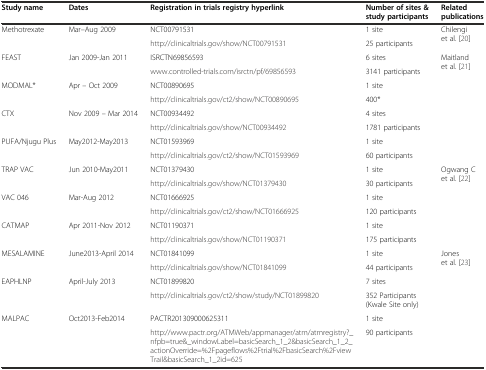
<table><thead><tr><td><b>Study name</b></td><td><b>Dates</b></td><td><b>Registration in trials registry hyperlink</b></td><td><b>Number of sites &amp; study participants</b></td><td><b>Related publications</b></td></tr></thead><tbody><tr><td rowspan="2">Methotrexate</td><td rowspan="2">Mar–Aug 2009</td><td>NCT00791531</td><td>1 site</td><td rowspan="2">Chilengi et al. [20]</td></tr><tr><td>http://clinicaltrials.gov/show/NCT00791531</td><td>25 participants</td></tr><tr><td rowspan="2">FEAST</td><td rowspan="2">Jan 2009-Jan 2011</td><td>ISRCTN69856593</td><td>6 sites</td><td rowspan="2">Maitland et al. [21]</td></tr><tr><td>http://www.controlled-trials.com/isrctn/pf/69856593</td><td>3141 participants</td></tr><tr><td rowspan="2">MODMAL*</td><td rowspan="2">Apr – Oct 2009</td><td>NCT00890695</td><td>1 site</td><td rowspan="2"></td></tr><tr><td>http://clinicaltrials.gov/ct2/show/NCT00890695</td><td>400*</td></tr><tr><td rowspan="2">CTX</td><td rowspan="2">Nov 2009 – Mar 2014</td><td>NCT00934492</td><td>4 sites</td><td rowspan="2"></td></tr><tr><td>http://clinicaltrials.gov/show/NCT00934492</td><td>1781 participants</td></tr><tr><td rowspan="2">PUFA/Njugu Plus</td><td rowspan="2">May2012-May2013</td><td>NCT01593969</td><td>1 site</td><td rowspan="2"></td></tr><tr><td>http://clinicaltrials.gov/ct2/show/NCT01593969</td><td>60 participants</td></tr><tr><td rowspan="2">TRAP VAC</td><td rowspan="2">Jun 2010-May2011</td><td>NCT01379430</td><td>1 site</td><td rowspan="2">Ogwang C et al. [22]</td></tr><tr><td>http://clinicaltrials.gov/show/NCT01379430</td><td>30 participants</td></tr><tr><td rowspan="2">VAC 046</td><td rowspan="2">Mar-Aug 2012</td><td>NCT01666925</td><td>1 site</td><td rowspan="2"></td></tr><tr><td>http://clinicaltrials.gov/ct2/show/NCT01666925</td><td>120 participants</td></tr><tr><td rowspan="2">CATMAP</td><td rowspan="2">Apr 2011-Nov 2012</td><td>NCT01190371</td><td>1 site</td><td rowspan="2"></td></tr><tr><td>http://clinicaltrials.gov/show/NCT01190371</td><td>175 participants</td></tr><tr><td rowspan="2">MESALAMINE</td><td rowspan="2">June2013-April 2014</td><td>NCT01841099</td><td>1 site</td><td rowspan="2">Jones et al. [23]</td></tr><tr><td>http://clinicaltrials.gov/show/NCT01841099</td><td>44 participants</td></tr><tr><td rowspan="2">EAPHLNP</td><td rowspan="2">April-July 2013</td><td>NCT01899820</td><td>7 sites</td><td rowspan="2"></td></tr><tr><td>http://clinicaltrials.gov/ct2/show/study/NCT01899820</td><td>352 Participants (Kwale Site only)</td></tr><tr><td rowspan="2">MALPAC</td><td rowspan="2">Oct2013-Feb2014</td><td>PACTR201309000625311</td><td>1 site</td><td rowspan="2"></td></tr><tr><td>http://www.pactr.org/ATMWeb/appmanager/atm/atmregistry?_nfpb=true&amp;_windowLabel=basicSearch_1_2&amp;basicSearch_1_2_actionOverride=%2Fpageflows%2Ftrial%2FbasicSearch%2FviewTrail&amp;basicSearch_1_2id=625</td><td>90 participants</td></tr></tbody></table>